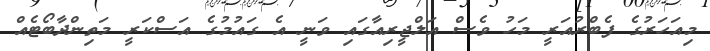
މިއަހަރުގެ ފެބްރުއަރީ މަހު ވެސް އަލްޖީރިއާގައި ވަނީ އެ ގައުމުގެ އަސްކަރީ މަތިންދާބޯޓެއް